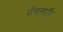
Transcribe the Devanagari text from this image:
मॅचसाठी